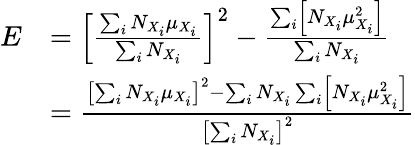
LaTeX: {\begin{array}{rl}{E}&{=\left[{\frac{\sum_{i}N_{X_{i}}\mu_{X_{i}}}{\sum_{i}N_{X_{i}}}}\right]^{2}-{\frac{\sum_{i}\left[N_{X_{i}}\mu_{X_{i}}^{2}\right]}{\sum_{i}N_{X_{i}}}}}\\ &{={\frac{\left[\sum_{i}N_{X_{i}}\mu_{X_{i}}\right]^{2}-\sum_{i}N_{X_{i}}\sum_{i}\left[N_{X_{i}}\mu_{X_{i}}^{2}\right]}{\left[\sum_{i}N_{X_{i}}\right]^{2}}}}\end{array}}